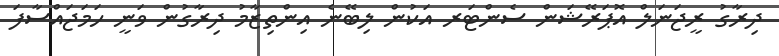
ދިރާގު ރީޖަނަލް އޮޕަރޭޝަން ސެންޓަރ އަކުން ލިބޭނެ އިންތިޒާމު ދިރާގުން ވަނީ ހަމަޖައްސާފަ